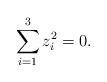
LaTeX: \begin{align*}\sum_{ i = 1 }^{ 3 } z_i^{2} = 0 .\end{align*}